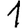
Digit: 1